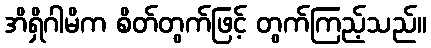
အိရှိဂါမိက စိတ်တွက်ဖြင့် တွက်ကြည့်သည်။